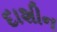
દાશીન